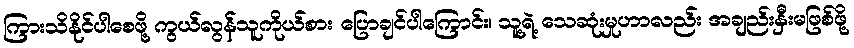
ကြားသိနိုင်ပါစေဖို့ ကွယ်လွန်သူကိုယ်စား ပြောချင်ပါကြောင်း၊ သူ့ရဲ့ သေဆုံးမှုဟာလည်း အချည်းနှီးမဖြစ်ဖို့